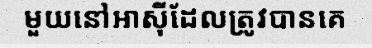
មួយនៅអាស៊ីដែលត្រូវបានគេ